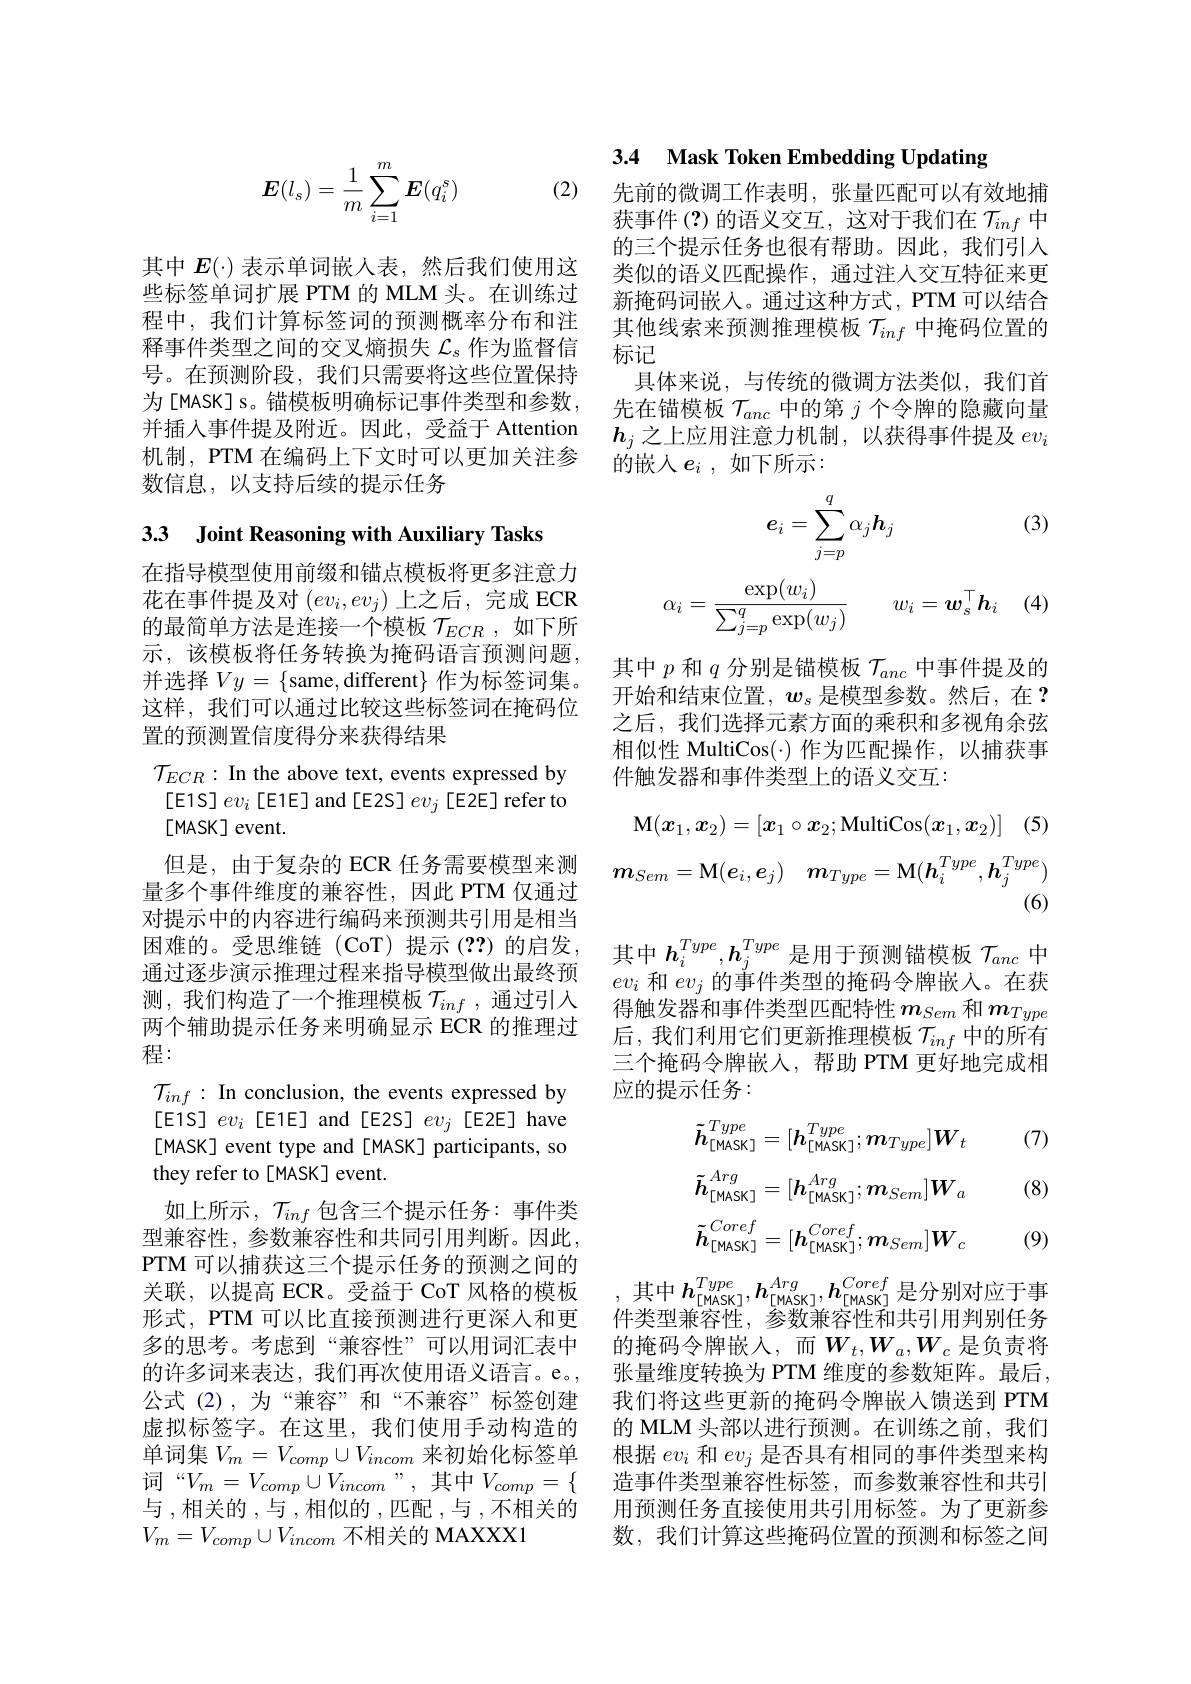
(2)
$$\boldsymbol{E}(l_s)=\dfrac{1}{m}\sum\limits_{i=1}^m\boldsymbol{E}(q_i^s)$$
其中$E(\cdot)$表示单词嵌人表，然后我们使用这些标签单词扩展 PTM 的 MLM 头。在训练过程中，我们计算标签词的预测概率分布和注释事件类型之间的交叉熵损失$\mathcal{L}_\mathrm{s}$作为监督信号。在预测阶段，我们只需要将这些位置保持为[MASK]s。锚模板明确标记事件类型和参数， 并插入事件提及附近。因此，受益于 Attention 机制，PTM 在编码上下文时可以更加关注参数信息，以支持后续的提示任务

## 3.3 Joint Reasoning with Auxiliary Tasks

在指导模型使用前缀和锚点模板将更多注意力花在事件提及对$(ev_i,ev_j)$上之后，完成 ECR 的最简单方法是连接一个模板$\mathcal{T}_{ECR}$ ,如下所示，该模板将任务转换为掩码语言预测问题， 并选择$Vy=\{$same, different$\}$作为标签词集。这样，我们可以通过比较这些标签词在掩码位置的预测置信度得分来获得结果
$\mathcal{T}_{ECR}:$ In the above text, events expressed by [E1S]$ev_i$[E1E] and[E2S]$ev_j$[E2E] refer to $[MASK]$ event.
但是，由于复杂的 ECR 任务需要模型来测量多个事件维度的兼容性，因此 PTM 仅通过对提示中的内容进行编码来预测共引用是相当困难的。受思维链(CoT)提示(??)的启发， 通过逐步演示推理过程来指导模型做出最终预测，我们构造了一个推理模板$\mathcal{T}_inf$ ,通过引人两个辅助提示任务来明确显示 ECR 的推理过程：
$\mathcal{T}_{inf}:$ In conclusion, the events expressed by [E1S]$ev_i$[E1E] and[E2S]$ev_j$[E2E]have [MASK] event type and [MASK] participants, so they refer to[MASK] event.
如上所示，$\mathcal{T}_inf$包含三个提示任务：事件类型兼容性，参数兼容性和共同引用判断。因此， PTM 可以捕获这三个提示任务的预测之间的关联，以提高 ECR。受益于 CoT 风格的模板形式，PTM 可以比直接预测进行更深人和更多的思考。考虑到“兼容性”可以用词汇表中的许多词来表达，我们再次使用语义语言。e。公式(2),为“兼容”和“不兼容”标签创建虚拟标签字。在这里，我们使用手动构造的单词集$V_m=V_{comp}\cup V_{incom}$来初始化标签单词“$V_m=V_{comp}\cup V_{incom}$”,其中$V_comp=\{$ 与 ,相关的 ,与 ,相似的 ,匹配 ,与 ,不相关的$V_{m}=V_{comp}\cup V_{incom}$不相关的 MAXXX1

3.4 Mask Token Embedding Updating

先前的微调工作表明，张量匹配可以有效地捕获事件(?)的语义交互，这对于我们在$\mathcal{T}_{inf}$中的三个提示任务也很有帮助。因此，我们引入类似的语义匹配操作，通过注人交互特征来更新掩码词嵌人。通过这种方式，PTM 可以结合其他线索来预测推理模板$\mathcal{T}_{inf}$中掩码位置的标记
具体来说，与传统的微调方法类似，我们首先在锚模板$\mathcal{T}_anc$中的第$j$个令牌的隐藏向量$\boldsymbol{h}_j$之上应用注意力机制，以获得事件提及$ev_i$ 的嵌人$e_i$ ,如下所示：

(3)
$$e_{i}=\sum_{j=p}^{q}\alpha_{j}h_{j}\\\alpha_{i}=\frac{\exp(w_{i})}{\sum_{j=p}^{q}\exp(w_{j})}\quad w_{i}=\boldsymbol{w}_{s}^{\top}\boldsymbol{h}_{i}$$
其中$p$和$q$分别是锚模板$\mathcal{T}_anc$中事件提及的开始和结束位置，$\boldsymbol{w}_s$ 是模型参数。然后，在？ 之后，我们选择元素方面的乘积和多视角余弦相似性 MultiCos(·) 作为匹配操作，以捕获事件触发器和事件类型上的语义交互：
$$\text{M}(\boldsymbol{x}_1,\boldsymbol{x}_2)=[\boldsymbol{x}_1\circ\boldsymbol{x}_2;\text{MultiCos}(\boldsymbol{x}_1,\boldsymbol{x}_2)]\quad(5)$$
$$m_{Sem}=\mathrm{M}(e_i,e_j)\quad m_{Type}=\mathrm{M}(h_i^{Type},h_j^{Type})$$
(6)

其中$h_i^{Type},h_j^{Type}$是用于预测锚模板$\tau_{anc}$中$ev_i$和$ev_j$的事件类型的掩码令牌嵌入。在获得触发器和事件类型匹配特性$m_Sem$ 和 $m_{Type}$ 后，我们利用它们更新推理模板$\mathcal{T}_{inf}$中的所有三个掩码令牌嵌人，帮助 PTM 更好地完成相应的提示任务：

(7)
$$\tilde{h}_{[\mathsf{MASK}]}^{Type}=[\boldsymbol{h}_{[\mathsf{MASK}]}^{Type};\boldsymbol{m}_{Type}]\boldsymbol{W}_{t}\\\tilde{h}_{[\mathsf{MASK}]}^{Arg}=[\boldsymbol{h}_{[\mathsf{MASK}]}^{Arg};\boldsymbol{m}_{Sem}]\boldsymbol{W}_{a}\\\tilde{h}_{[\mathsf{MASK}]}^{Coref}=[\boldsymbol{h}_{[\mathsf{MASK}]}^{Coref};\boldsymbol{m}_{Sem}]\boldsymbol{W}_{c}$$
(8)

(9)

,其中$h_{[\mathrm{MASK}]}^{Type},h_{[\mathrm{MASK}]}^{Arg},h_{[\mathrm{MASK}]}^{Coref}$是分别对应于事件类型兼容性，参数兼容性和共引用判别任务的掩码令牌嵌入，而$W_t,W_a,W_c$ 是负责将张量维度转换为 PTM 维度的参数矩阵。最后， 我们将这些更新的掩码令牌嵌入馈送到 PTM 的 MLM 头部以进行预测。在训练之前，我们根据$ev_i$和$ev_j$是否具有相同的事件类型来构造事件类型兼容性标签，而参数兼容性和共引用预测任务直接使用共引用标签。为了更新参数，我们计算这些掩码位置的预测和标签之间